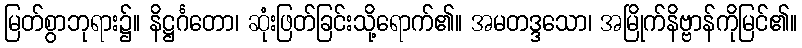
မြတ်စွာဘုရား၌။ နိဋ္ဌင်္ဂတော၊ ဆုံးဖြတ်ခြင်းသို့ရောက်၏။ အမတဒ္ဒသော၊ အမြိုက်နိဗ္ဗာန်ကိုမြင်၏။